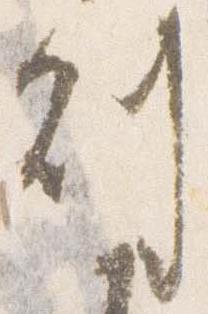
副